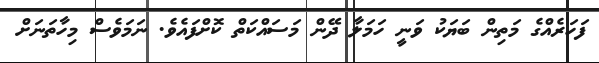
ފަހަރެއްގެ މަތިން ބަޔަކު ވަނީ ހަމަލާ ދޭން މަސައްކަތް ކޮށްފައެވެ. ނަމަވެސް މިހާތަނަށް